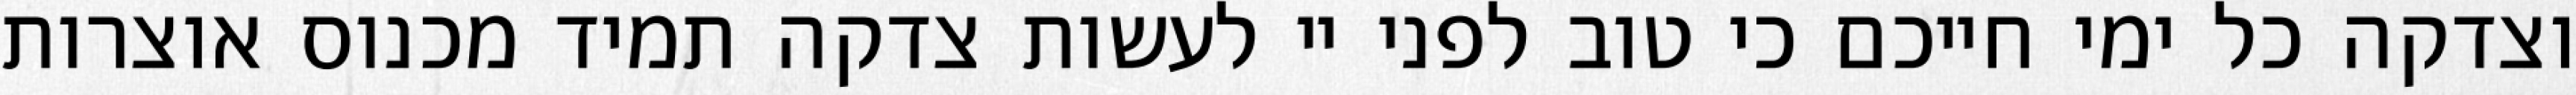
וצדקה כל ימי חייכם כי טוב לפני יי לעשות צדקה תמיד מכנוס אוצרות